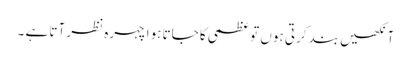
آنکھیں بند کرتی ہوں تو عظمی کا جاتا ہوا چہرہ نظر آتا ہے ۔